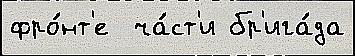
фро́нт'е  ча́ст'и бр'ига́да